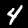
Label: 4